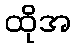
ထိုအ